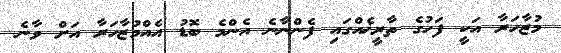
މުޒާހަރާ އަކީ ފަހުގެ ތާރީޚެއްގައި ފެންނާނެ އެންމެ ބޮޑު އެއްމުޒާހަރާ އަށް ވާނެ